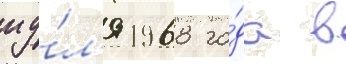
иу́л'я 1968 го́да в